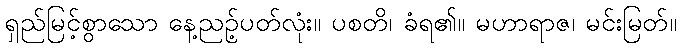
ရှည်မြင့်စွာသော နေ့ညဉ့်ပတ်လုံး။ ပစတိ၊ ခံရ၏။ မဟာရာဇ၊ မင်းမြတ်။